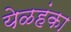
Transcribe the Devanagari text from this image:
येळहंका